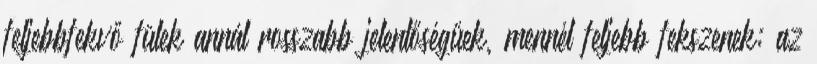
feljebbfekvő fülek annál rosszabb jelentőségűek, mennél feljebb fekszenek; az